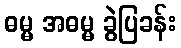
ဓမ္မ အဓမ္မ ခွဲပြခန်း